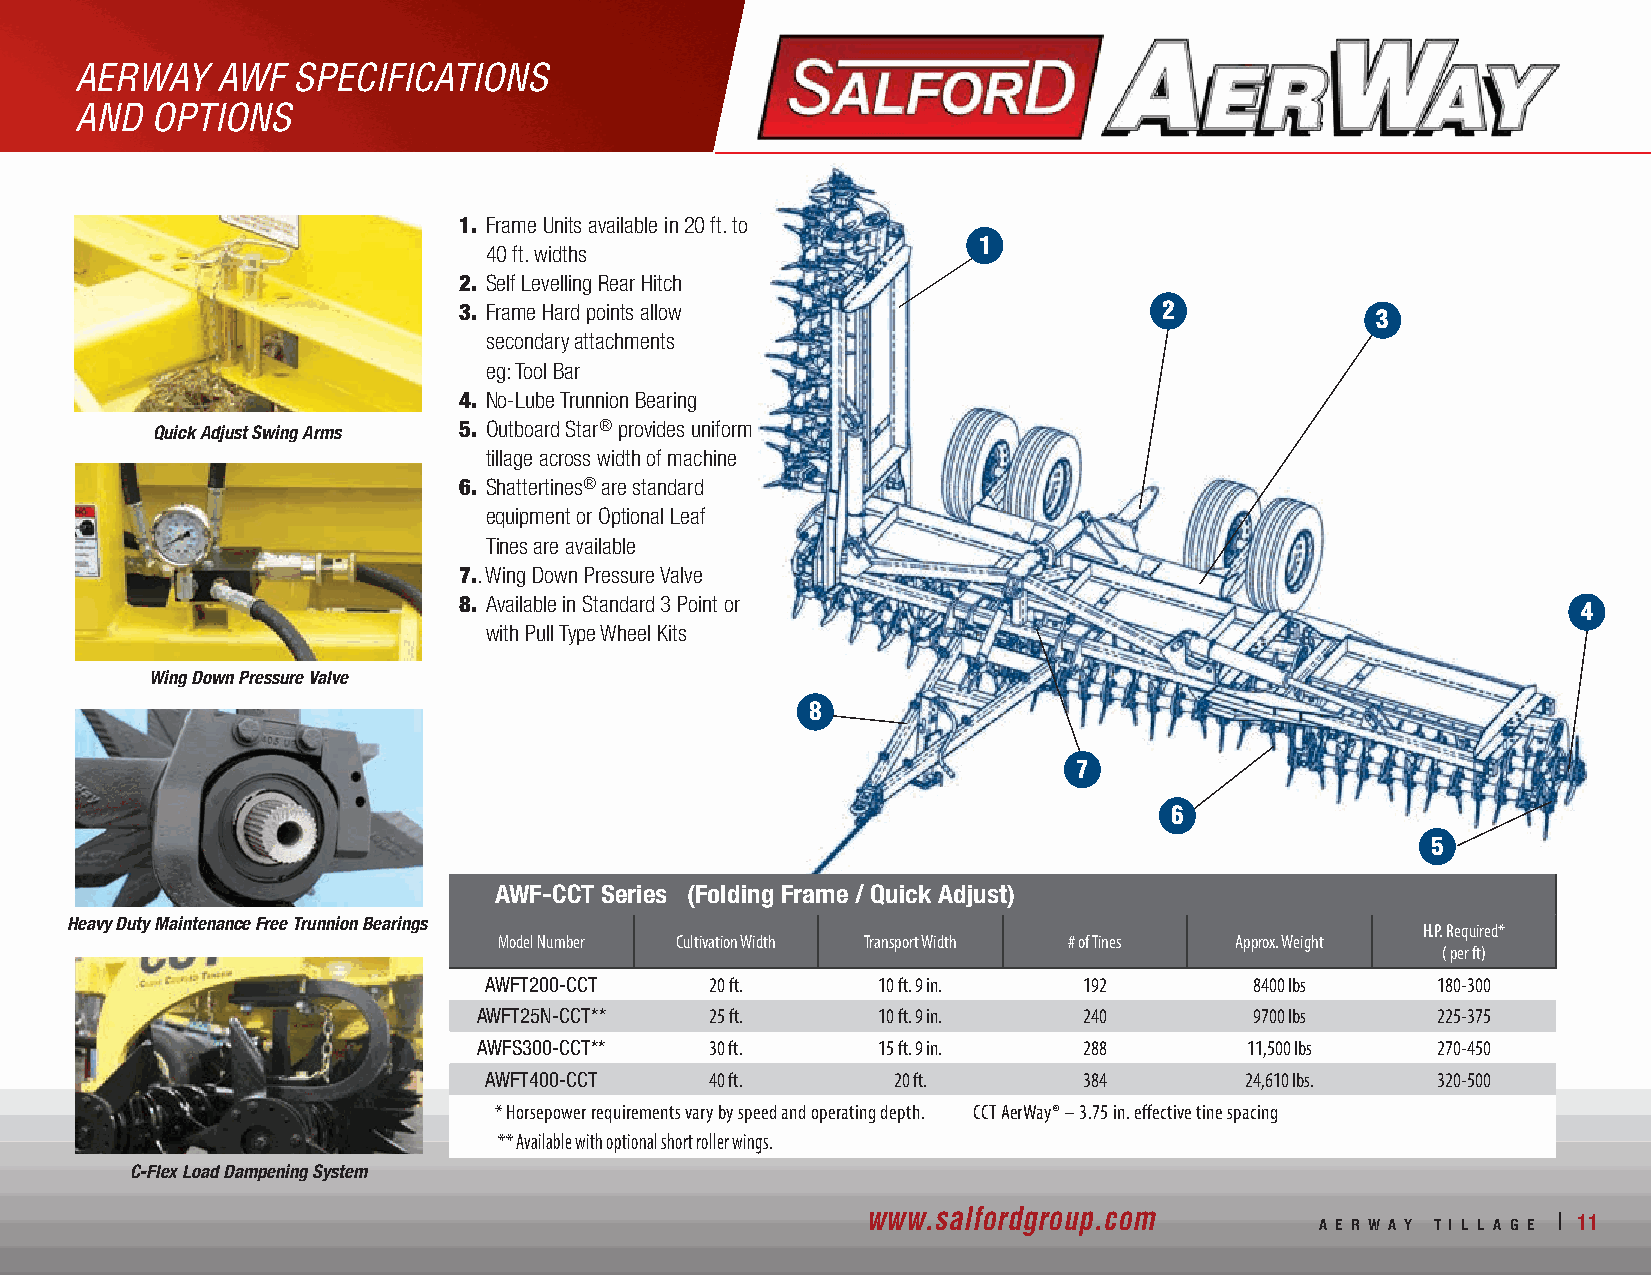
AERWAY   AWF  SPECIFICATIONS
 AND  OPTIONS
 1. Frame Units available in 20 ft. to
 1
 40 ft. widths
 2. Self Levelling Rear Hitch
 3. Frame Hard points allow                     2
 3
 secondary attachments
 eg: Tool Bar
 4. No-Lube Trunnion Bearing
 Quick Adjust Swing Arms 5. Outboard Star® provides uniform
 tillage across width of machine
 6. Shattertines® are standard
 equipment or Optional Leaf
 Tines are available
 7.. Wing Down Pressure Valve
 8. Available in Standard 3 Point or
 4
 with Pull Type Wheel Kits
 Wing Down Pressure Valve
 8
 7
 6
 5
 AWF-CCT Series (Folding Frame / Quick Adjust)
 Heavy Duty Maintenance Free Trunnion Bearings
 H.P. Required*
 Model Number Cultivation Width Transport Width # of Tines Approx. Weight
 ( per ft)
 AWFT200-CCT    20 ft.     10 ft. 9 in.  192        8400 lbs    180-300
 AWFT25N-CCT**  25 ft.     10 ft. 9 in.  240        9700 lbs    225-375
 AWFS300-CCT**  30 ft.     15 ft. 9 in.  288       11,500 lbs   270-450
 AWFT400-CCT    40 ft.      20 ft.       384       24,610 lbs.  320-500
 * Horsepower requirements vary by speed and operating depth. CCT AerWay® – 3.75 in. effective tine spacing
 ** Available with optional short roller wings.
 C-Flex Load Dampening System
 www.salfordgroup.com          A E R W A Y T I L L A G E | 11